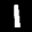
Label: 1